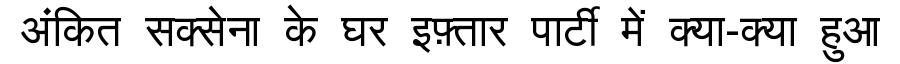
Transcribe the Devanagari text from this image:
अंकित सक्सेना के घर इफ़्तार पार्टी में क्या-क्या हुआ